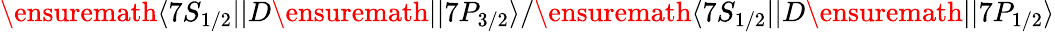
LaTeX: \ensuremath{\langle 7S_{1/2}||}D\ensuremath{||7P_{3/2}\rangle}/\ensuremath{\langle 7S_{1/2}||}D\ensuremath{||7P_{1/2}\rangle}